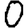
Digit: 0